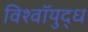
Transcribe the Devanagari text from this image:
विश्वॉयुद्ध